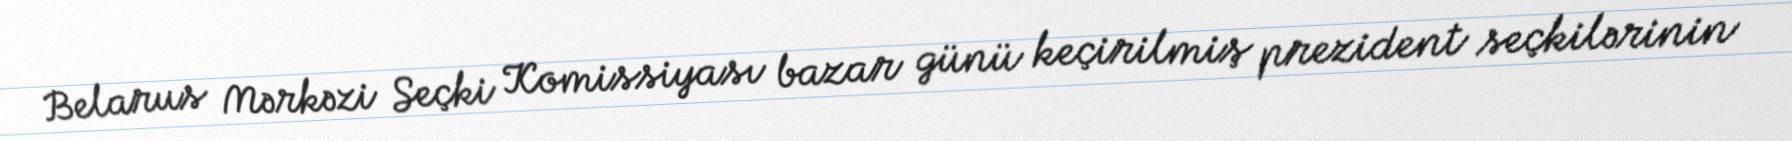
Belarus Mərkəzi Seçki Komissiyası bazar günü keçirilmiş prezident seçkilərinin